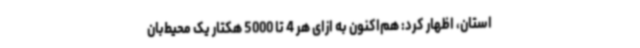
استان، اظهار کرد: هم‌اکنون به ازای هر 4 تا 5000 هکتار یک محیط‌بان